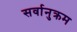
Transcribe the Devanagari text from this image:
सर्वानुक्रम